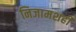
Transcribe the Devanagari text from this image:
निजामशही